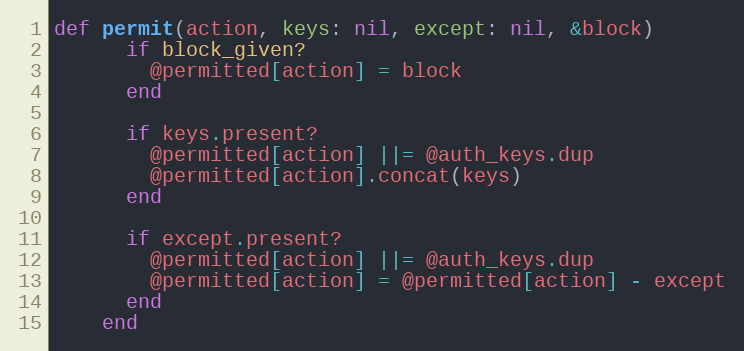
Language: Ruby
def permit(action, keys: nil, except: nil, &block)
      if block_given?
        @permitted[action] = block
      end

      if keys.present?
        @permitted[action] ||= @auth_keys.dup
        @permitted[action].concat(keys)
      end

      if except.present?
        @permitted[action] ||= @auth_keys.dup
        @permitted[action] = @permitted[action] - except
      end
    end